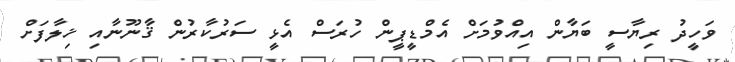
ވަހީދު ރިޔާސީ ބަޔާން އިއްވުމަށް އެމްޑީޕީން ހުރަސް އެޅީ ސަރުކާރުން ޤާނޫނާއި ޚިލާފަށް